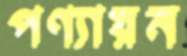
পণ্যায়ন